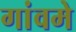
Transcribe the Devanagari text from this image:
गांवमे